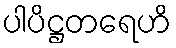
ပါပိဋ္ဌတရေဟိ